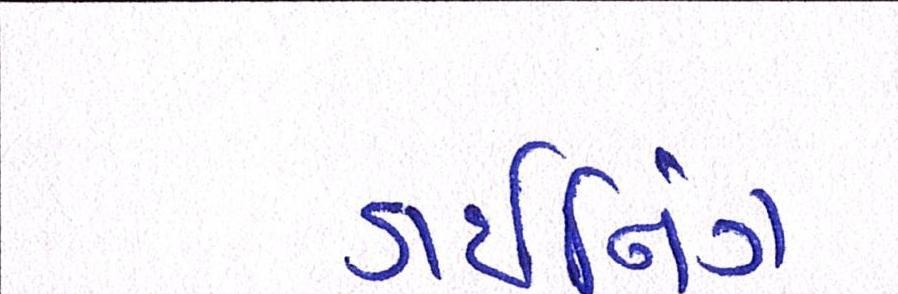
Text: ડાઇનિંગ